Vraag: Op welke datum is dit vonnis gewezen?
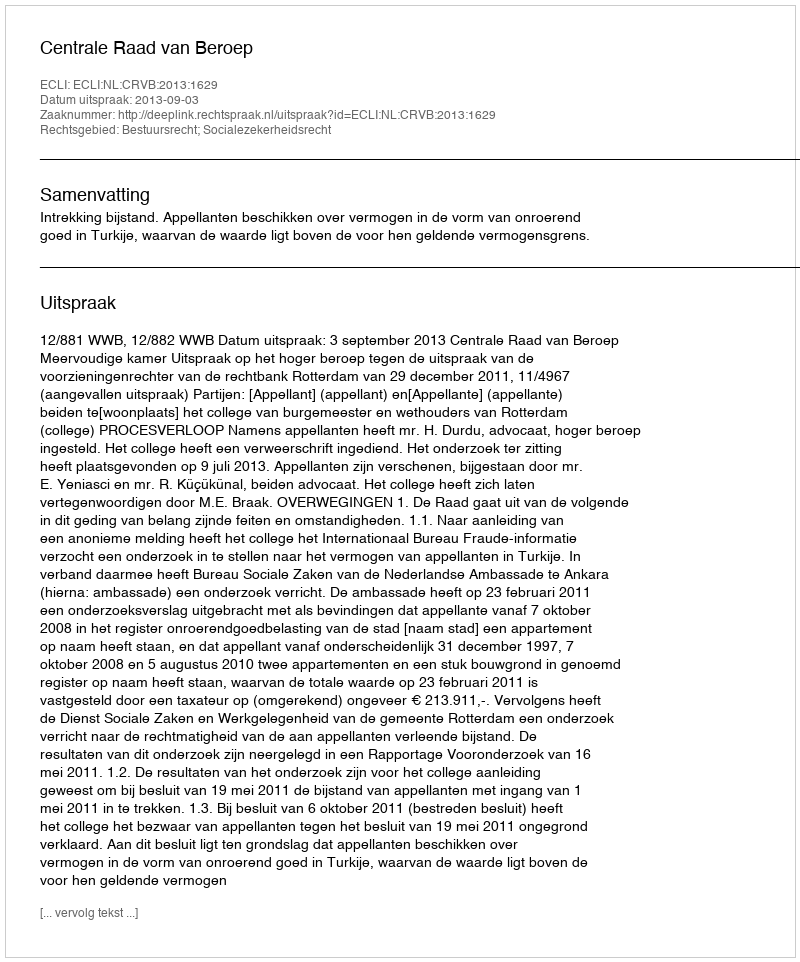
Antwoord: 2013-09-03